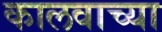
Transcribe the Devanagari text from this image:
कालवाच्या